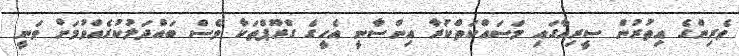
ވެރިންގެ އިތުރުން ސީރިއާގައި މަސައްކަތްކުރާ އިންސާނީ އެހީގެ ގްރޫޕްތަކާ ވެސް ބައްދަލުކުރެއްވުމަށް ވަނީ